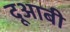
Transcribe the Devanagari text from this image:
दूआबी